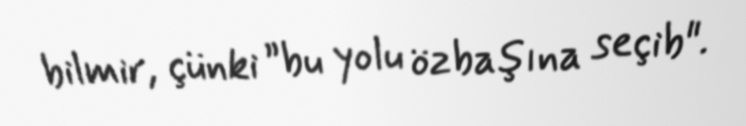
bilmir, çünki ”bu yolu özbaşına seçib".